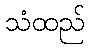
သံထည်